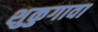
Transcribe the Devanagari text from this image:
शुकुगावा